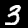
Digit: 3